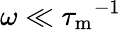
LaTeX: \omega\ll{\tau_{\mathrm{m}}}^{-1}